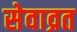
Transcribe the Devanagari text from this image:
सेवाव्रत